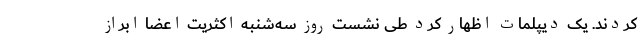
کردند. یک دیپلمات اظهار کرد طی نشست روز سه‌شنبه اکثریت اعضا ابراز